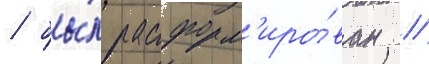
/ бы́л расформ'иро́ван //